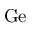
\mathrm { G e }